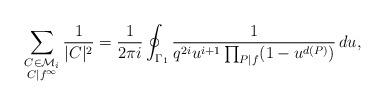
LaTeX: \begin{align*} \sum_{\substack{ C \in \mathcal{M}_i \\ C | f^{\infty}}} \frac{1}{|C|^2} = \frac{1}{2\pi i} \displaystyle \oint_{\Gamma_1} \frac{1}{q^{2i} u^{i+1} \prod_{P|f} (1-u^{d(P)})} \, du, \end{align*}